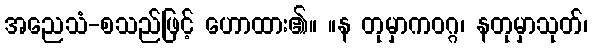
အညေသံ-စသည်ဖြင့် ဟောထား၏။ ။န တုမှာကဝဂ္ဂ၊ နတုမှာသုတ်၊